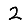
Digit: 2